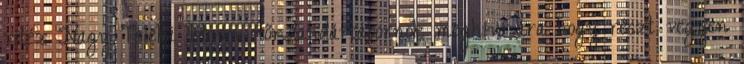
vitéz Nagy Teleki István nőr.dandártábornok meghívására hogy részt vegyen